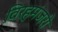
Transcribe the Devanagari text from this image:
विरहमंजरी